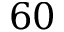
6 0